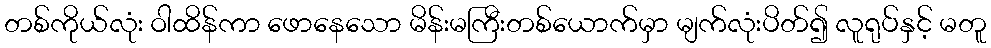
တစ်ကိုယ်လုံး ဝါထိန်ကာ ဖောနေသော မိန်းမကြီးတစ်ယောက်မှာ မျက်လုံးပိတ်၍ လူရုပ်နှင့် မတူ